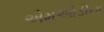
એમઓડીના